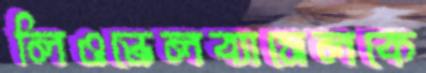
লিওন্ডেলব্যাসেলকে